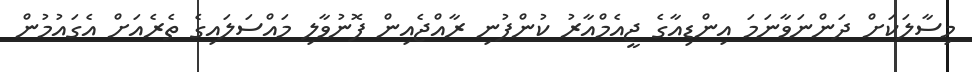
މިސާލަކަށް ދަންނަވާނަމަ އިންޑިއާގެ ޖީއެމްއާރު ކުންފުނި ރާއްޖެއިން ފޮނުވާލި މައްސަލައިގެ ތެރެއަށް އެގައުމުން